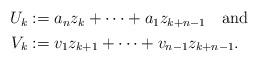
LaTeX: \begin{align*}\begin{aligned}U_k&:=a_n z_k+\cdots+a_1 z_{k+n-1}\quad\mbox{and}\\V_k&:=v_1z_{k+1} +\cdots+v_{n-1}z_{k+n-1}.\end{aligned}\end{align*}